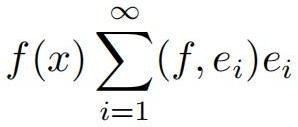
\[f(x)\sum_{i = 1}^{\infty}(f, e_i)e_i\]